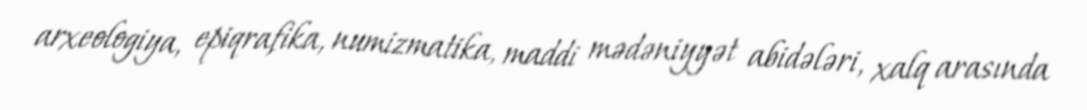
arxeologiya, epiqrafika, numizmatika, maddi mədəniyyət abidələri, xalq arasında